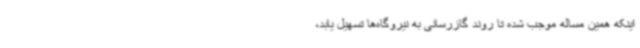
اینکه همین مساله موجب شده تا روند گازرسانی به نیروگاه‌ها تسهیل یابد،